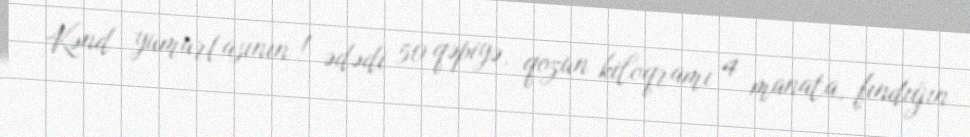
Kənd yumurtasının 1 ədədi 50 qəpiyə, qozun kiloqramı 4 manata, fındığın